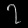
Digit: ၇